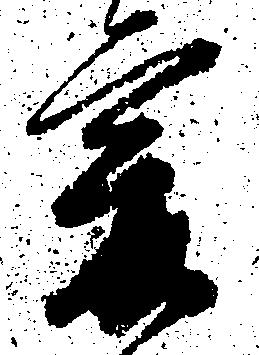
爰